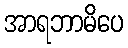
အာရဘာမိပေ